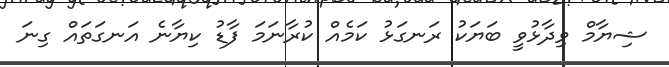
ޝިޔާމް ވިދާޅުވީ ބަޔަކު ރަނގަޅު ކަމެއް ކުރާނަމަ ފާޑު ކިޔާނެ އަނގަތައް ގިނަ